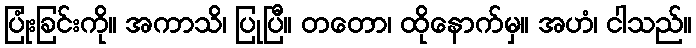
ပြုံးခြင်းကို။ အကာသိ၊ ပြုပြီ။ တတော၊ ထိုနောက်မှ။ အဟံ၊ ငါသည်။